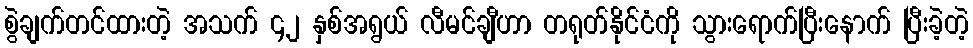
စွဲချက်တင်ထားတဲ့ အသက် ၄၂ နှစ်အရွယ် လီမင်ချီဟာ တရုတ်နိုင်ငံကို သွားရောက်ပြီးနောက် ပြီးခဲ့တဲ့